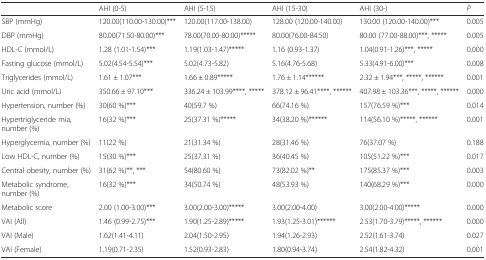
<table><thead><tr><td></td><td><b>AHI (0-5)</b></td><td><b>AHI (5-15)</b></td><td><b>AHI (15-30)</b></td><td><b>AHI (30-)</b></td><td><b><i>P</i></b></td></tr></thead><tbody><tr><td>SBP (mmHg)</td><td>120.00(110.00-130.00)***</td><td>120.00(117.00-138.00)</td><td>128.00 (120.00-140.00)</td><td>130.00 (120.00-140.00)***</td><td>0.005</td></tr><tr><td>DBP (mmHg)</td><td>80.00(71.50-80.00)***</td><td>78.00(70.00-80.00)*****</td><td>80.00(76.00-84.50)</td><td>80.00 (77.00-88.00)***, *****</td><td>0.005</td></tr><tr><td>HDL-C (mmol/L)</td><td>1.28 (1.01-1.54)***</td><td>1.19(1.03-1.47)*****</td><td>1.16 (0.93-1.37)</td><td>1.04(0.91-1.26)***, *****</td><td>0.000</td></tr><tr><td>Fasting glucose (mmol/L)</td><td>5.02(4.54-5.54)***</td><td>5.02(4.73-5.82)</td><td>5.16(4.76-5.68)</td><td>5.33(4.91-6.00)***</td><td>0.008</td></tr><tr><td>Triglycerides (mmol/L)</td><td>1.61 ± 1.07***</td><td>1.66 ± 0.89*****</td><td>1.76 ± 1.14******</td><td>2.32 ± 1.94***, *****, ******</td><td>0.001</td></tr><tr><td>Uric acid (mmol/L)</td><td>350.66 ± 97.10***</td><td>336.24 ± 103.99****, *****</td><td>378.12 ± 96.41****, ******</td><td>407.98 ± 103.36***, *****, ******</td><td>0.000</td></tr><tr><td>Hypertension, number (%)</td><td>30(60 %)***</td><td>40(59.7 %)</td><td>66(74.16 %)</td><td>157(76.59 %)***</td><td>0.014</td></tr><tr><td>Hypertriglyceride mia, number (%)</td><td>16(32 %)***</td><td>25(37.31 %)*****</td><td>34(38.20 %)******</td><td>114(56.10 %)*****, ******</td><td>0.001</td></tr><tr><td>Hyperglycemia, number (%)</td><td>11(22 %)</td><td>21(31.34 %)</td><td>28(31.46 %)</td><td>76(37.07 %)</td><td>0.188</td></tr><tr><td>Low HDL-C, number (%)</td><td>15(30 %)***</td><td>25(37.31 %)</td><td>36(40.45 %)</td><td>105(51.22 %)***</td><td>0.017</td></tr><tr><td>Central obesity, number (%)</td><td>31(62 %)**, ***</td><td>54(80.60 %)</td><td>73(82.02 %)**</td><td>175(85.37 %)***</td><td>0.003</td></tr><tr><td>Metabolic syndrome, number (%)</td><td>16(32 %)***</td><td>34(50.74 %)</td><td>48(53.93 %)</td><td>140(68.29 %)***</td><td>0.000</td></tr><tr><td>Metabolic score</td><td>2.00 (1.00-3.00)***</td><td>3.00(2.00-3.00)*****</td><td>3.00(2.00-4.00)</td><td>3.00(2.00-4.00)*****</td><td>0.000</td></tr><tr><td>VAI (All)</td><td>1.46 (0.99-2.75)***</td><td>1.90(1.25-2.89)*****</td><td>1.93(1.25-3.01)******</td><td>2.53(1.70-3.79)*****, ******</td><td>0.000</td></tr><tr><td>VAI (Male)</td><td>1.62(1.41-4.11)</td><td>2.04(1.50-2.95)</td><td>1.94(1.26-2.93)</td><td>2.52(1.61-3.74)</td><td>0.027</td></tr><tr><td>VAI (Female)</td><td>1.19(0.71-2.35)</td><td>1.52(0.93-2.83)</td><td>1.80(0.94-3.74)</td><td>2.54(1.82-4.32)</td><td>0.001</td></tr></tbody></table>